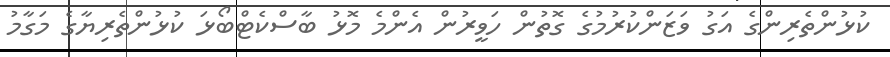
ކުޅުންތެރިންގެ އަގު ވަޒަންކުރުމުގެ ގޮތުން ހަވީރުން އެންމެ މޮޅު ބާސްކެޓްބޯޅަ ކުޅުންތެރިޔާގެ މަގާމު